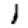
Digit: 1